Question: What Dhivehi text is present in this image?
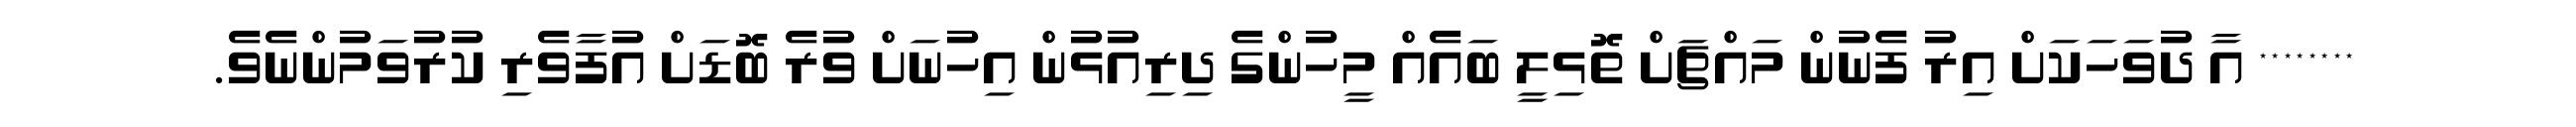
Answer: ******** އާ ދުވަހަކަށް އިރު ފެނުން މައްޗަށް ތޮޅިލީ ބައެއް މީހުންގެ ދިރިއުޅުން އިހުނަށް ވުރެ ބޮޑަށް އުފާވެރި ކުރުވަމުންނެވެ.